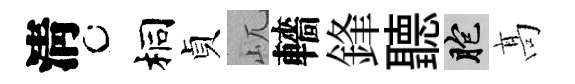
淸桐貞屼轖鋒聽胞髙